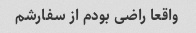
واقعا راضی بودم از سفارشم